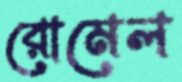
রোমেল